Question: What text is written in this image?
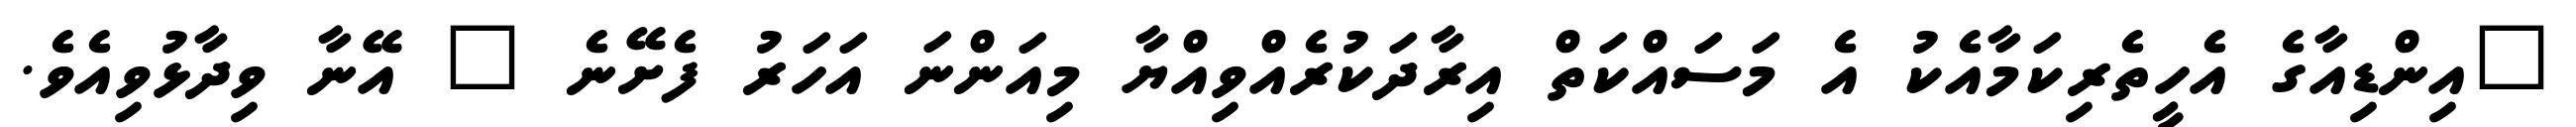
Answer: "އިންޑިއާގެ އެހީތެރިކަމާއެކު އެ މަސައްކަތް އިރާދަކުރެއްވިއްޔާ މިއަންނަ އަހަރު ފެށޭނެ " އޭނާ ވިދާޅުވިއެވެ.